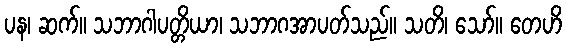
ပန၊ ဆက်။ သဘာဂါပတ္တိယာ၊ သဘာဂအာပတ်သည်။ သတိ၊ သော်။ တေဟိ